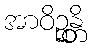
အာဝိဉ္ဆန္တိ